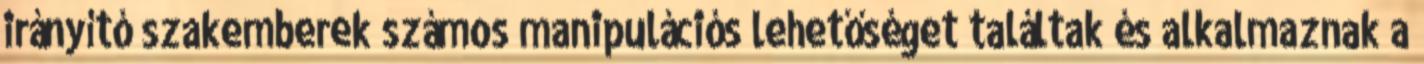
irányító szakemberek számos manipulációs lehetőséget találtak és alkalmaznak a